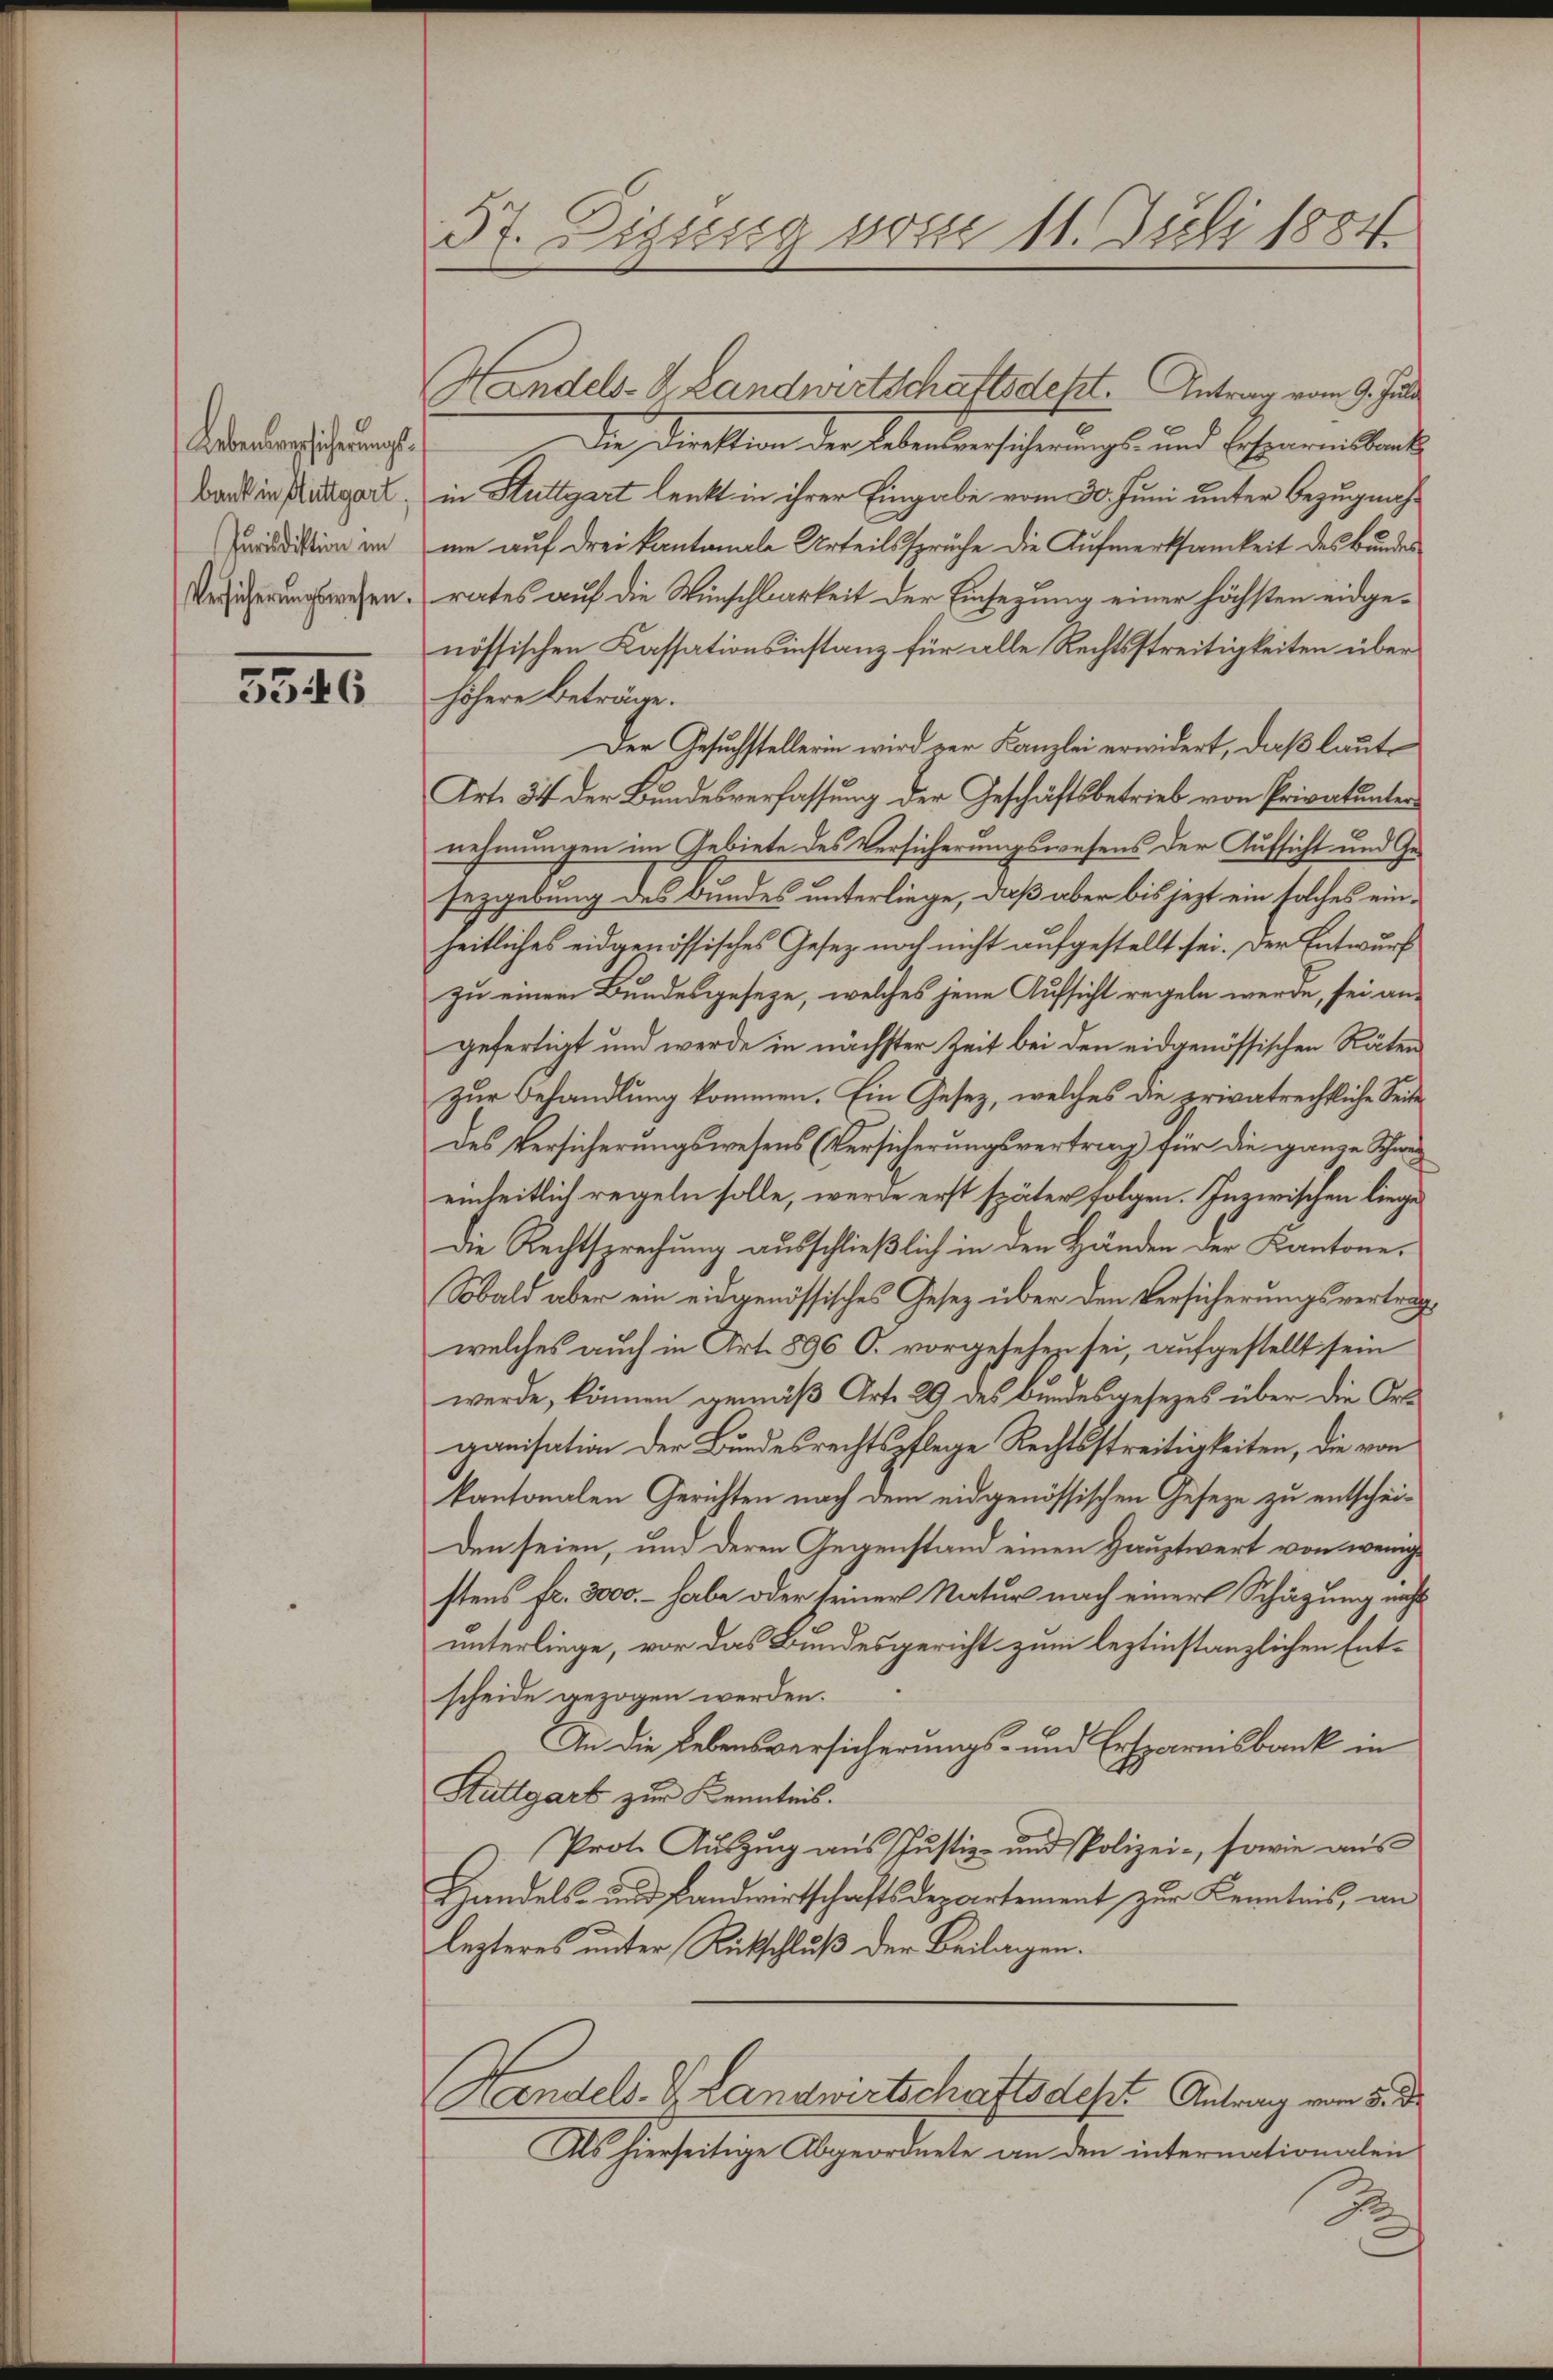
Lebenbeschicherungs
bank in Stuttgart,
Jurisdiktion im
Versicherungswesen.

5546

37. Diesig vom 11. Juli 1884.

andels- & Landwirtschaftsdest. Antrag vom 9. Juli
Die Direktion der Lebensversicherungs- und Erserreiskrank
in Stuttgart lenkt in ihrer Eingabe vom 30. Juni unter Bezugnahme auf drei kantonale Urteilssprüche die Aufmerksamkeit des Bundes
rates auf die Wünschbarkeit der Einsezung einer höchsten eidgenössischen Kassationsinstanz für alle Rechtsstreitigkeiten über
höhere Beträge.
Der Gesuchstellerin wird zur Kanzlei erwidert, daß laute
Art. 34 der Bundesverfassung der Geschäftsbetrieb von Privatunter
nehmungen im Gebiete des Versicherungswesens der Aufsicht und Gesezgebung des Bundes unterliege, daß aber bis jezt ein solches einheitliches eidgenössisches Gesetz noch nicht aufgestellt sei. Der Entwurf
zu einem Bundesgeseze, welches jene Aufsicht regeln werde, sei angefertigt und werde in nächster Zeit bei den eidgenössischen Räten
zur Behandlung kommen. Ein Gesetz, welches die privatrechtliche Seite
des Versicherungswesens (Versicherungsvertrag für die ganze Schwe
einheitlich regeln solle, werde erst später folgen. Inzwischen liege
Die Rechtsprechung ausschließlich in den Händen der Kantone.
Sobald aber ein eidgenössisches Gesetz über den Versicherungsvertrag
welches auch in Art. 896 O. vorgesehen sei, aufgestellt sein
werde, können gemäß Art. 29 des Bundesgesezes über die Ortganisation der Bundesrechtspflege Rechtsstreitigkeiten, die von
kantonalen Gerichten nach dem eidgenössischen Geseze zu entscheiden seien, um deren Gegenstand einen Hauptwert von wenige
stens fr. 3000. – habe oder seiner Natur nach einer Schätzung nicht
unterliege, vor das Bundesgericht zum leztinstanzlichen Entscheide gezogen werden.
In die Lebensversicherungs- und Ersparnisbank in
Stuttgart zur Kenntnis.
 Prot. Auszug aus Justiz- und Polizei-, sowie aus
Hhandels- und Landwirtschaftsdepartement zur Kenntnis, an
lezteres unter Rückschluß der Beilagen.
Handels- & Landwirtschaftsdest Antrag von 8. d.
Als hierseitige Abgeordnete an den internationalen
.
2